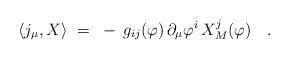
LaTeX: \begin{align*}\langle j_\mu , X \rangle~=~- \, g_{ij}(\varphi) \, \partial_\mu \varphi^i \, X_M^j(\varphi)~~~. \end{align*}